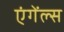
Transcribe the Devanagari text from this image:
एंगेंल्स